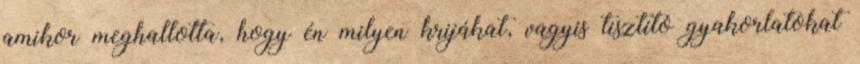
amikor meghallotta, hogy én milyen krijákat, vagyis tisztító gyakorlatokat